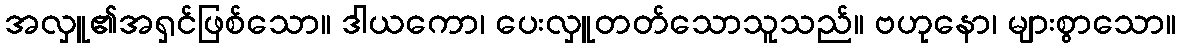
အလှူ၏အရှင်ဖြစ်သော။ ဒါယကော၊ ပေးလှူတတ်သောသူသည်။ ဗဟုနော၊ များစွာသော။